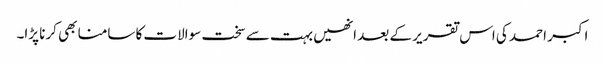
اکبر احمد کی اس تقریر کے بعد انھیں بہت سے سخت سوالات کا سامنا بھی کرنا پڑا۔